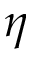
\eta